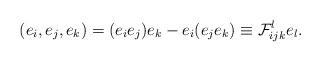
LaTeX: \begin{align*}(e_i,e_j,e_k)=(e_ie_j)e_k-e_i(e_je_k)\equiv {\cal F}_{ijk}^le_l.\end{align*}